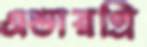
এভারগ্রি